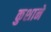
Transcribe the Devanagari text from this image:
कुशाने